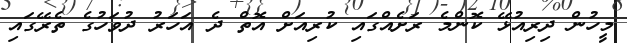
މީހުން ދިރިއުޅޭ ކޮންމެ ރަށެއްގައި ކުރިއަށް އޮތް ދެ އަހަރު ދުވަހުގެ ތެރޭގައި